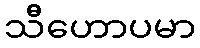
သီဟောပမာ